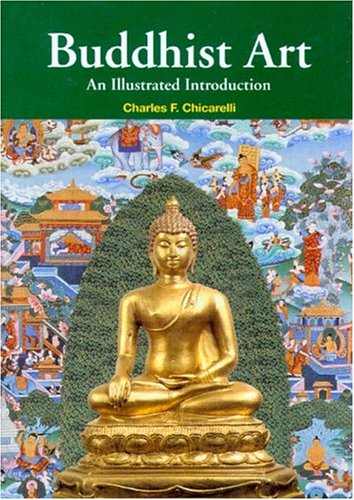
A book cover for Buddhist Art: An Illustrated Introduction; Charles Chicarelli; Religion & Spirituality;